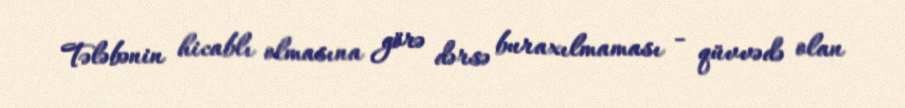
Tələbənin hicablı olmasına görə dərsə buraxılmaması - qüvvədə olan